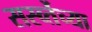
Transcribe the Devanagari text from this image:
सर्स्व्तेच्या